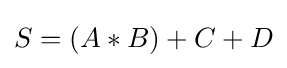
S=(A*B)+C+D